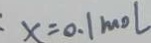
x = 0 . 1 m o l